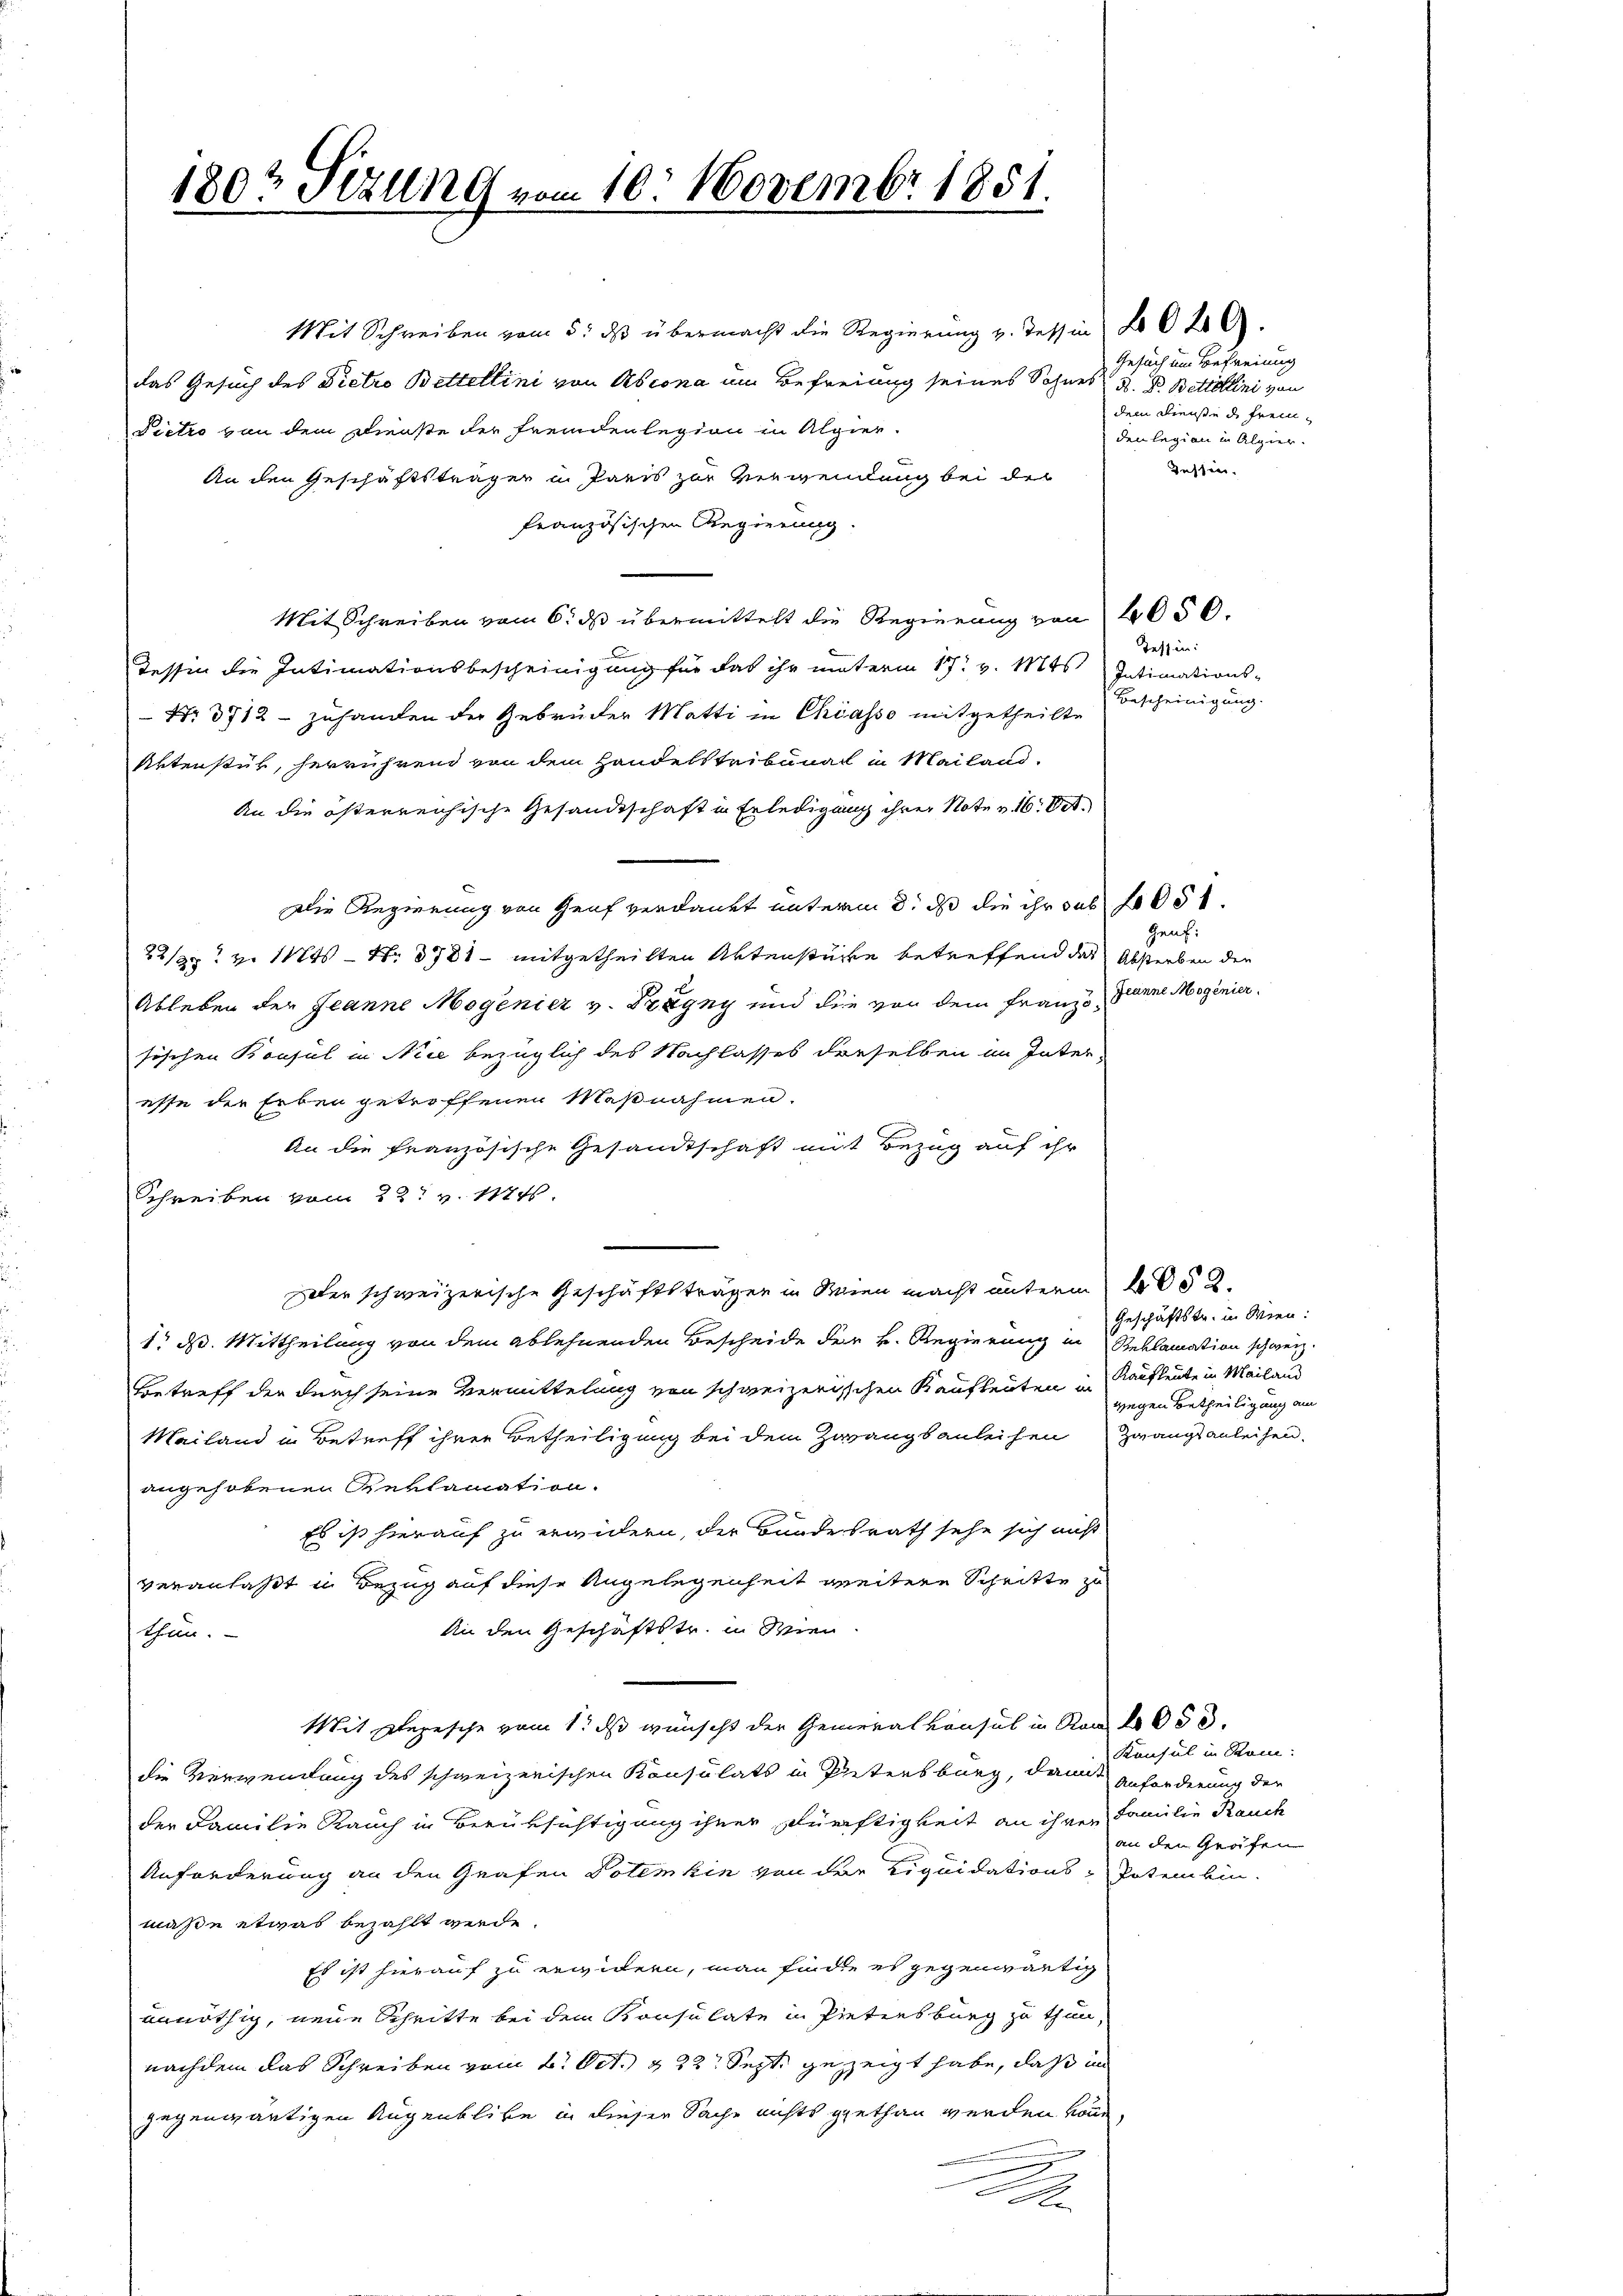
180t Sizung vom 10. Novembr 1851.

Mit Schreiben vom 5. ds übermacht die Regierung v. Tessin No 620 A
das Gesuch des Dietro Bettellini von Ascona im Befreiung seines Sohnes d. d. Bettollini von
Dietro von dem Dienste der Fremdenlegion in Algier
An den Geschäftsträger in Paris zur Verwendung bei der
französischen Regierung.
Mit Schreiben vom 6. ds übermittelt die Regierung von 4050.
Tessin die Intimationsbescheinigung für das ihr unterm 17. v. Mts. Intimations-
Nr 3712 - zuhanden der Gebrüder Matti in Chiasso mitgetheilte
Aktenstes, herrührend von dem Handelstribunal in Mailand¬
An die österreichische Gesandtschaft in Erledigung ihrer Note v. 16. Oct.
Die Regierung von Genf verdankt unterm 8. ds die ihr sub 1051.
/22 v. 11t Nr. 1781 mitgetheilten Aktenstücke betreffend des Absterben den
Ableben der Jeanne Mogenier v. Dragny und die von dem Franz Gianne Mogenier.
sischen Konsul in Nice bezüglich des Nachlasses derselben im Interesse der Erben getroffenen Maßnahmen.
An die französische Gesandtschaft mit Bezug auf ihr
Schreiben vom 22t v. 1474.
zober schweizerische Geschäftsträgen in Wien macht unterm 22.
1t d. Mittheilung von dem Ablehnenden Bescheide der v. Regierung in Reklamation schweiz.
Betreff der durch seine Vermittelung von schweizerischen Kaufleuten in Kaufleute in Mailans
Mailand in Betreff ihrer Betheiligung bei dem Zwangsanleihen Zwangsanleihen.
angehobenen Reklamation.
Es ist hierauf zu erwidern, der Bundesrath sehe sich nicht
veranlaßt u Bezug auf diese Angelegenheit weitere Schritte zu
An den Geschäftstr. in Wien
thun.
Mit Depesche vom 1. ds wünscht der Generalkonsul in No 1053.
die Verwendung des schweizerischen Konsulats in Petersburg, damit
der Familie Rauch in Berüksichtigung ihrer Dürftigkeit an ihren Familie Rauch
Anforderung an den Grafen Potenkin von der Liquidations-Potem bin.
maße etwas bezahlt werde.
Es ist hierauf zu erwidern, man finde es gegenwärtig
unnöthig, neue Schritte bei dem Konsulate in Pietensburg zu thun,
nachdem das Schreiben vom 6. Oct. 122. Sept gezeigt habe, daß in
gegenwärtigen Augenblicke in dieser Sache nichts gethan werden könne
n
.

Gesuch um Befreiung
dem Dienste de fremden legion in Algier
Tessin.

Tessin:
Bescheinigung.

Heuf:

Geschäftstr. in Wien:
wegen Betheiligung am

Konsul in Rom:
Anforderung der
an den Grafen